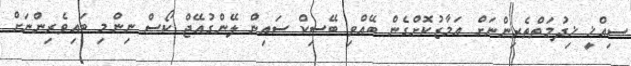
ސިއްޚީ ޚިދުމަތްތެރިންނަށް އަމާޒުކޮށްގެން ބޭއްވި ބޭސިކް ސައިން ލޭންގުއޭޖް ކޯސް ނިންމި ބައިވެރިންނަށް